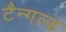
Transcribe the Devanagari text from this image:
टैन्गल्ड